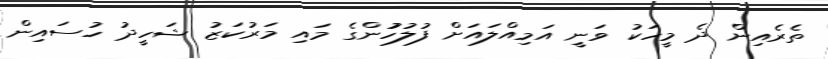
ތެރެއިން ދެ މީހަކު ވަނީ އަމިއްލައަށް ފުލުހުުންގެ މައި މަރުކަޒު ޝަހީދު ހުސައިން